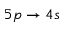
5 p \rightarrow 4 s